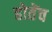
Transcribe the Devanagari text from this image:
होतेंच